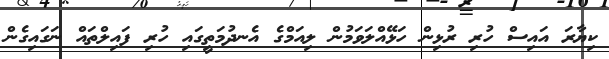
ކިޔާރަ އައިސް ހުރި ރުޅިން ހަޅޭއްލަވަމުން ލިއަމްގެ އެނދުމަތީގައި ހުރި ފައިލްތައް ނަގައިގެން